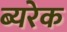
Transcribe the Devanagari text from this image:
ब्यरेक